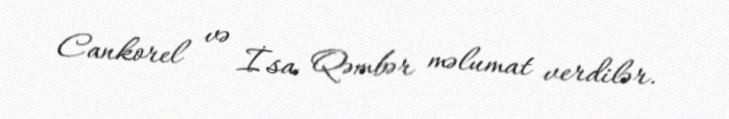
Cankorel və İsa Qəmbər məlumat verdilər.